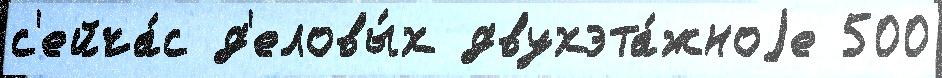
с'ейча́с д'еловы́х двухэта́жноjе 500